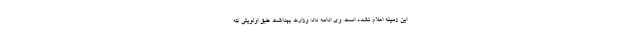
این زمینه اعلام نشده است. وی ادامه داد: وزارت بهداشت طبق اولویتی که